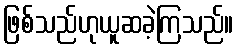
ဖြစ်သည်ဟုယူဆခဲ့ကြသည်။